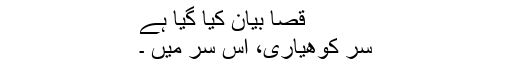
قصا بیان کیا گیا ہے
سر کوهیاری، اس سر میں ۔